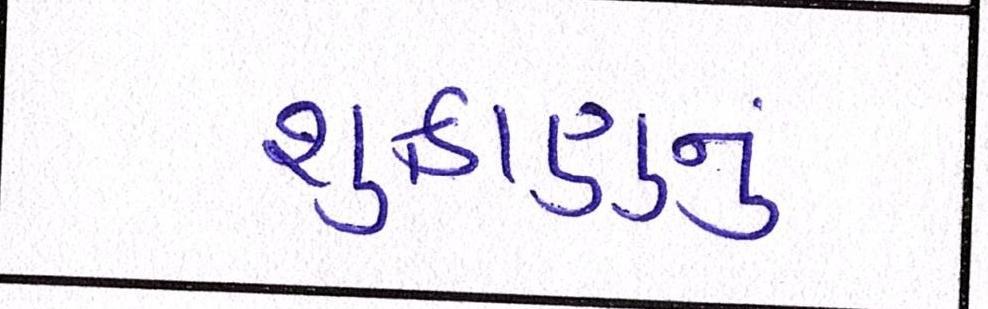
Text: શુક્રાણુનું